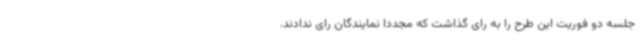
جلسه دو فوریت این طرح را به رای گذاشت که مجددا نمایندگان رای ندادند.